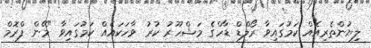
ލިޔުންތެރިއެއް ކަމުގައިވާ ރޯލްޑް ޑާހްގެ މަޝްހޫރު ކުރު ވާހަކައެއް ކަމުގައިވާ "މޭން ފްރޮމް